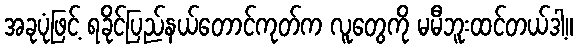
အခုပုံဖြင့် ရခိုင်ပြည်နယ်တောင်ကုတ်က လူတွေကို မမီဘူးထင်တယ်ဒါ့။